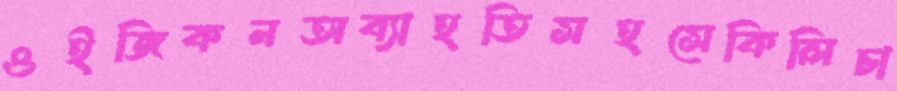
ওইজিকনঅব্যাহতিসহসেকিলিচা